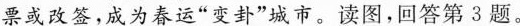
票或改签，成为春运”变卦”城市。读图，回答第3题。